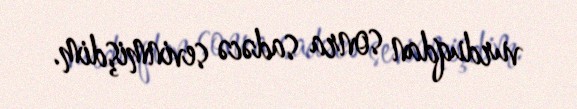
vurduqdan sonra sadəcə sevinmişdim.